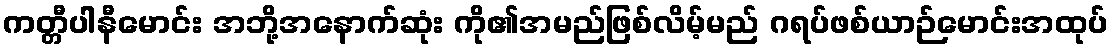
ကတ္တီပါနီမောင်း အဘို့အနောက်ဆုံး ကို၏အမည်ဖြစ်လိမ့်မည် ဂရပ်ဖစ်ယာဉ်မောင်းအထုပ်